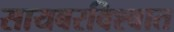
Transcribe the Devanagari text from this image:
सायबरविश्वात